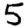
Digit: 5